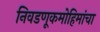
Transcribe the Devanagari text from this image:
निवडणूकमोहिमांचा